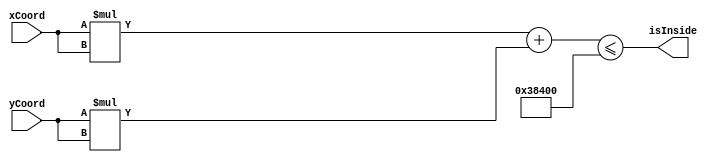
`timescale 1ns / 1ps

//////////////////////////////////////////////////////////////////////////////////
// Company: Digilent
//////////////////////////////////////////////////////////////////////////////////

module circle_checker (
   output reg        isInside,
   input  wire [9:0] xCoord,
   input  wire [9:0] yCoord
);

   parameter CIRCLE_RADIUS_SQUARED = 18'h3_8400;

   reg [18:0] xSquared, ySquared;
   reg [19:0] squaredSum;
   
   always @ (*) begin
      xSquared = xCoord * xCoord;
      ySquared = yCoord * yCoord;
      squaredSum = xSquared + ySquared;
      isInside = squaredSum <= CIRCLE_RADIUS_SQUARED;
   end
endmodule

module circle_checker_testbench ();
   wire       isInside;
   reg  [9:0] xCoord, yCoord;
   
   circle_checker dut (.isInside(isInside), .xCoord(xCoord), .yCoord(yCoord));
   
   initial begin
      xCoord <= 10'd0;   yCoord <= 10'd0;   #10;
      xCoord <= 10'd472;                    #10;
                         yCoord <= 10'd472; #10;
      xCoord <= 10'd333;                    #10;
                         yCoord <= 10'd333; #10;
      xCoord <= 10'd400;                    #10;
      $stop;
   end
endmodule